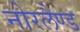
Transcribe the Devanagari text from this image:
नोरलैण्ड